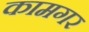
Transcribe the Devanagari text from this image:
कामगर